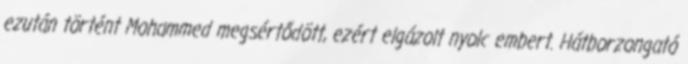
ezután történt Mohammed megsértődött, ezért elgázolt nyolc embert. Hátborzongató